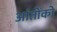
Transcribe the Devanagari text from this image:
आंतोंको